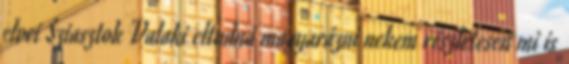
elvei Sziasztok Valaki eltudná magyarázni nekem részletesen mi is